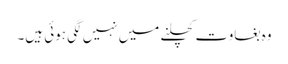
وہ بغاوت کچلنے میں نہیں لگی ہوئی ہیں۔